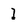
Character: l